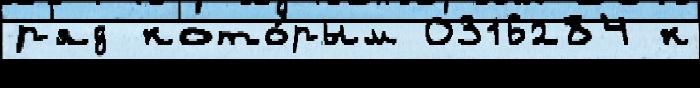
р'яд кото́рым 0316284 к